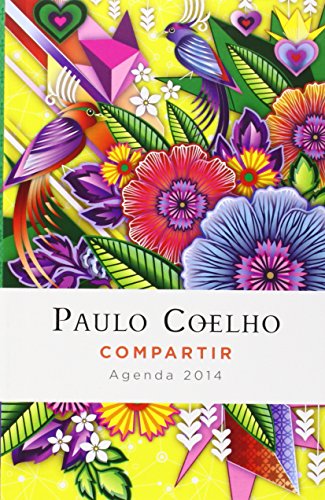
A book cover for Compartir: Agenda 2014 Paulo Coelho (Spanish Edition); Paulo Coelho; Calendars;